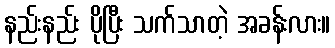
နည်းနည်း ပိုပြီး သက်သာတဲ့ အခန်းလား။